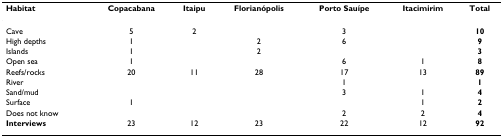
| Habitat | Copacabana | Itaipu | Florianópolis | Porto Sauípe | Itacimirim | Total |
 | --- | --- | --- | --- | --- | --- | --- |
 | Cave | 5 | 2 |  | 3 |  | 10 |
 | High depths | 1 |  | 2 | 6 |  | 9 |
 | Islands | 1 |  | 2 |  |  | 3 |
 | Open sea | 1 |  |  | 6 | 1 | 8 |
 | Reefs/rocks | 20 | 11 | 28 | 17 | 13 | 89 |
 | River |  |  |  | 1 |  | 1 |
 | Sand/mud |  |  |  | 3 | 1 | 4 |
 | Surface | 1 |  |  |  | 1 | 2 |
 | Does not know |  |  |  | 2 | 2 | 4 |
 | Interviews | 23 | 12 | 23 | 22 | 12 | 92 |